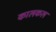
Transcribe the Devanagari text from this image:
कालकल